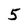
Character: 5